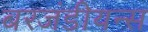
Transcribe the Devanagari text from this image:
बरजंडीयन्स